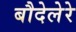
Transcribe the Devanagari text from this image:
बौदेलेरे